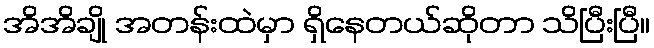
အိအိချို အတန်းထဲမှာ ရှိနေတယ်ဆိုတာ သိပြီးပြီ။